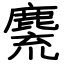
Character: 麍